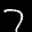
Label: 7